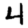
Digit: 4